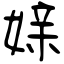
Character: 媇